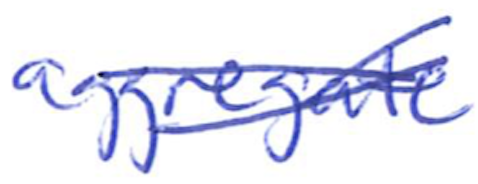
Text: aggregate
Cross-out: cross
Writing tool: ballpoint